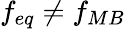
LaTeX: f_{eq}\neq f_{MB}